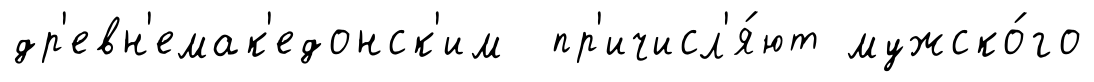
др'евн'емак'едонск'им пр'ичисл'я́ют мужско́го